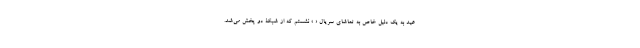
عید به یک دلیل خاص به تماشای سریال « » نشستم که از شبکۀ دو پخش می‌شد.